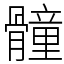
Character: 𩪘